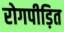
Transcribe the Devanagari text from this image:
रोगपीड़ित